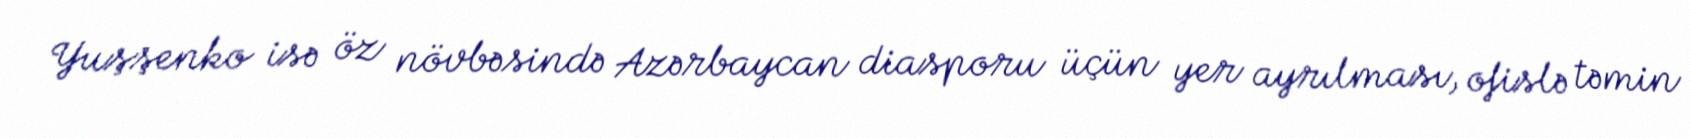
Yuşşenko isə öz növbəsində Azərbaycan diasporu üçün yer ayrılması, ofislə təmin